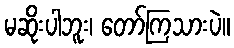
မဆိုးပါဘူး၊ တော်ကြသားပဲ။